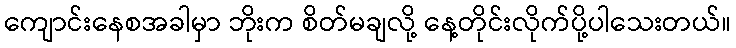
ကျောင်းနေစအခါမှာ ဘိုးက စိတ်မချလို့ နေ့တိုင်းလိုက်ပို့ပါသေးတယ်။